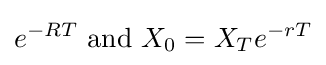
e^{-RT}{\text{ and }}X_{0}=X_{T}e^{-rT}